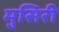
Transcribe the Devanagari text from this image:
मुसिरी